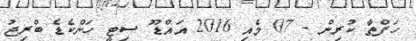
ހަފްތާ ކުރިން - 07 މެއި 2016 އައްޑޫ ސިޓީ ހަންކެޑެ ބްރިޖު